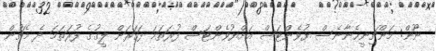
ނޫން: މަންޗިނީހެނާނެސް ޔުވެންޓަސް އަށްޔުވެންޓަސް ފުރަތަމަ ފަހަރަށް ލީގުގެ ފުރަތަމަ ދެ މެޗުން